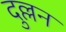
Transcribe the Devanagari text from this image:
दुल्लन